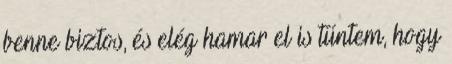
benne biztos, és elég hamar el is tűntem, hogy